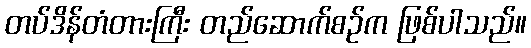
တပ်ဒိန်တံတားကြီး တည်ဆောက်စဉ်က ဖြစ်ပါသည်။